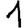
Digit: 1